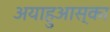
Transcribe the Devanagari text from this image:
अयाहुआस्का